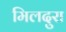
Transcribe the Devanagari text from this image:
मिलदुरा